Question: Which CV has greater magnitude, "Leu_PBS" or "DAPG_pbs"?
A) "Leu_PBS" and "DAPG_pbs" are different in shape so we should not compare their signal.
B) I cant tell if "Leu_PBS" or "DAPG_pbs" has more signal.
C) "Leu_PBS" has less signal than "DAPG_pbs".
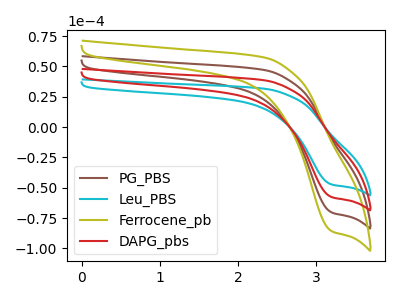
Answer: <think>The brown curve "PG_PBS" has a cathodic peak at: (3.20V, -115.40uA). The cyan curve "Leu_PBS" has a cathodic peak at: (3.20V, -47.30uA). The olive curve "Ferrocene_pb" has a cathodic peak at: (3.20V, -173.05uA). The red curve "DAPG_pbs" has a cathodic peak at: (3.20V, -57.70uA).
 All the peaks in "Leu_PBS" have a peak in "DAPG_pbs" at the same potential. Every peak in "Leu_PBS" is lower than every peak in "DAPG_pbs".</think>
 <answer>C) "Leu_PBS" has less signal than "DAPG_pbs".</answer>
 <eval>C</eval>